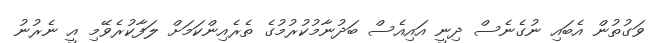
ވަގުތުން އެބައި ނުގެނެސް ދިނީ އައިއެސް ބަދުނާމުކުރުމުގެ ތެރެއިންކަމަށް ލަފާކުރެވޭމި އީ ނެރުނު